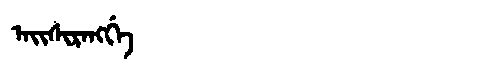
Manchu: ᠠᡳᠰᡳᡵᠠᠩᡤᡝ
Romanization: AISIRANGGE